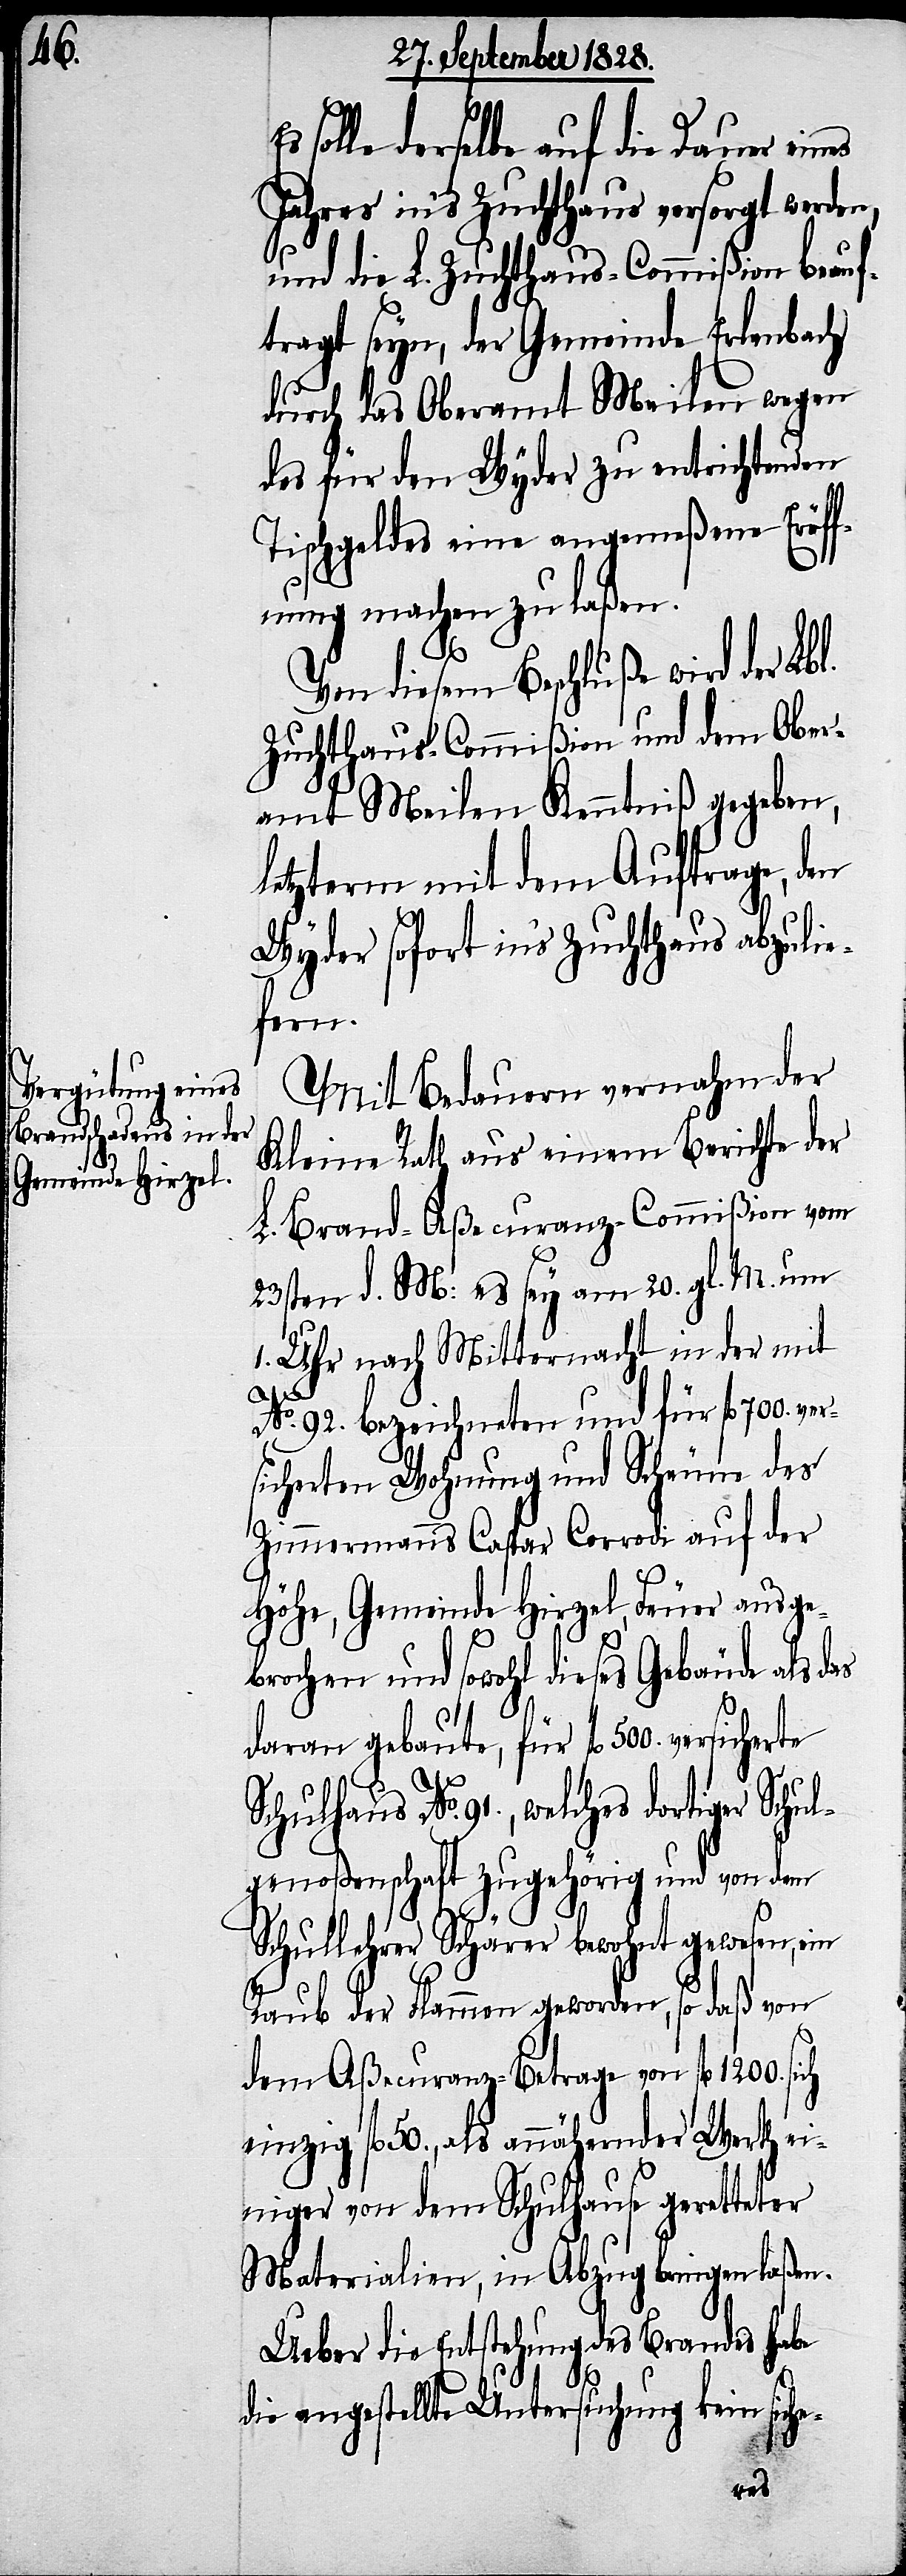
solle derselbe auf die Dauer eines
Jahres ins Zuchthaus versorgt werden,
und die L. Zuchthaus-Commißion beauf¬
tragt seyn, der Gemeinde Erlenbach
durch das Oberamt Meilen wegen
des für den Wyder zu entrichtenden
Tischgeldes eine angemeßene Eröff¬
nung machen zu laßen.
ver¬
Von diesem Beschluße wird der Lbl.
Zuchthaus-Commißion und dem Ober¬
amt Meilen Kenntniß gegeben,
letzterm mit dem Auftrage, den
Wyder sofort ins Zuchthaus abzulie¬
fern.
Mit Bedauern vernahm der
Kleine Rath au seinem Berichte der
L. Brand-Aßecuranz-Commißion vom
23sten d. M: es sey am 20. gl. M. um
1. Uhr nach Mitternacht in der mit
No. 92. bezeichneten und für fl. 700.
sicherten Wohnung und Scheune des
Zimmermanns Caspar Corrodi auf der
Höhe, Gemeinde Hirzel, Feuer ausge¬
brochen und sowohl dieses Gebäude als das
daran gebaute, für fl. 500. versicher¬
Schulhaus No. 91., welches dortiger Schu¬
lgenoßenschaft zugehörig und von dem
Schullehrer Schärer bewohnt gewesen, ein
Raub der Flammen geworden, so daß von
dem Aßecuranz-Betrage von fl. 1200.
einzig fl. 50., als annähernder Werth ei¬
niger von dem Schulhause geretteter
Materialen, in Abzug bringen laßen.
Ueber die Entstehung des Brandes habe
die angestellte Untersuchung kein siche-
te